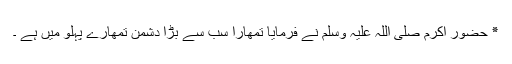
٭ حضور اکرم صلی اللہ علیہ وسلم نے فرمایا تمھارا سب سے بڑا دشمن تمھارے پہلو میں ہے ۔